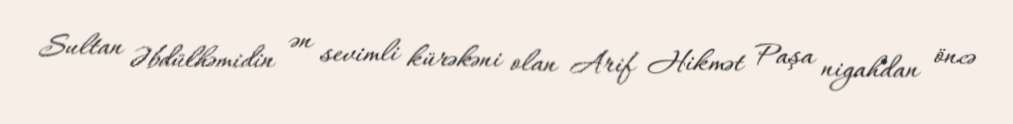
Sultan Əbdülhəmidin ən sevimli kürəkəni olan Arif Hikmət Paşa nigahdan öncə